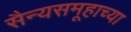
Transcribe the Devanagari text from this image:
सैन्यसमूहाच्या